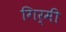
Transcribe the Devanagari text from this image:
गिर्मी